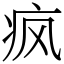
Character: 疯